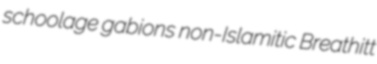
schoolage gabions non-Islamitic Breathitt